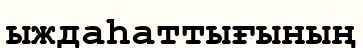
ыждаһаттығының